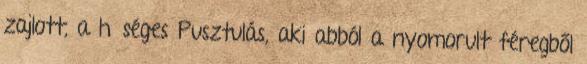
zajlott, a hűséges Pusztulás, aki abból a nyomorult féregből